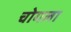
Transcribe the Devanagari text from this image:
चोगला